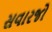
સવારજો